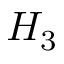
H _ { 3 }